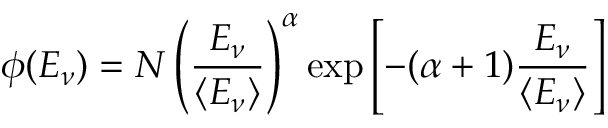
\phi ( E _ { \nu } ) = N \left( \frac { E _ { \nu } } { \langle E _ { \nu } \rangle } \right) ^ { \alpha } \exp { \left[ - ( \alpha + 1 ) \frac { E _ { \nu } } { \langle E _ { \nu } \rangle } \right] }